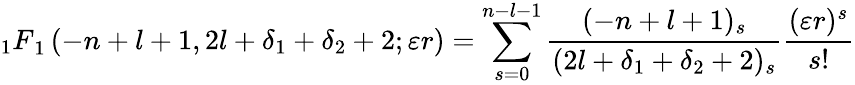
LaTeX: {_1F}_{1}\left(-n+l+1,2l+\delta_{1}+\delta_{2}+2;\varepsilon r\right)=\sum_{s=0}^{n-l-1}\frac{(-n+l+1)_{s}}{(2l+\delta_{1}+\delta_{2}+2)_{s}}\frac{(\varepsilon r)^{s}}{s!}